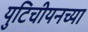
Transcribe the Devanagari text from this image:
युटिचीयनच्या